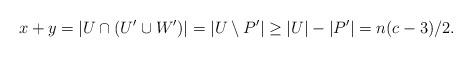
LaTeX: \begin{align*}x+y = |U \cap (U' \cup W')| = |U \setminus P'| \ge |U| - |P'| = n (c-3)/2.\end{align*}